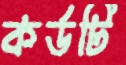
কর্ডটি